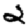
Digit: 2